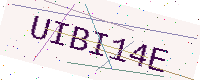
Text: UIBI14E